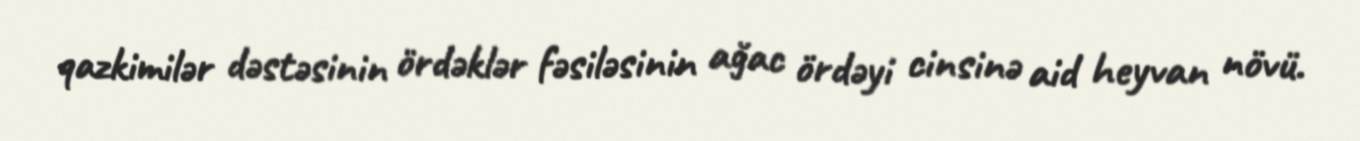
qazkimilər dəstəsinin ördəklər fəsiləsinin ağac ördəyi cinsinə aid heyvan növü.